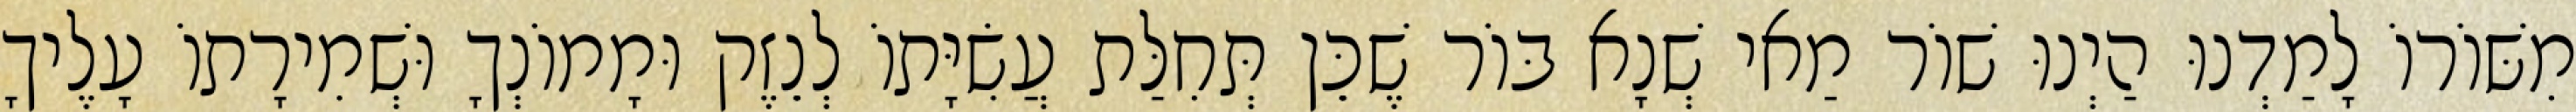
מִשּׁוֹרוֹ לָמַדְנוּ הַיְנוּ שׁוֹר מַאי שְׁנָא בּוֹר שֶׁכֵּן תְּחִלַּת עֲשִׂיָּתוֹ לְנֵזֶק וּמָמוֹנְךָ וּשְׁמִירָתוֹ עָלֶיךָ